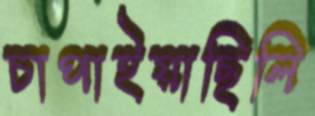
চাপাইয়াছিলি